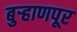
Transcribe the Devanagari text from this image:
बुर्‍हाणपूर